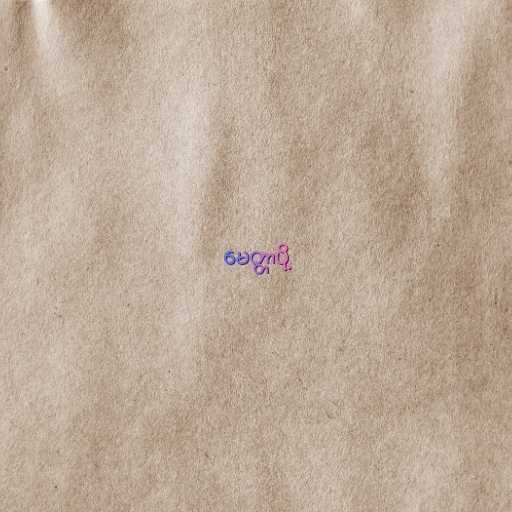
မေတ္တာပို့